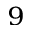
^ { 9 }